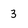
Character: 3